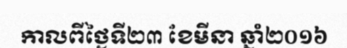
កាលពីថ្ងៃទី២៣ ខែមីនា ឆ្នាំ២០១៦